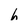
Character: h